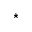
\star